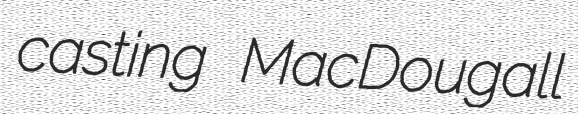
casting MacDougall